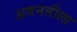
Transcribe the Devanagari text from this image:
अवनतीला